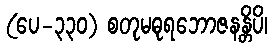
(ပေ-၃၃၀) စတုမဓုရဘောဇနန္တိပိ၊